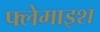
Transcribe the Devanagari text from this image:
फ्लेमाइश